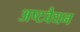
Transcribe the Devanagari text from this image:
अष्टवैद्यन